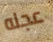
عجله